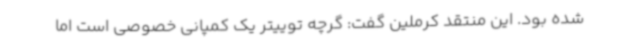
شده بود. این منتقد کرملین گفت: گرچه توییتر یک کمپانی خصوصی است اما